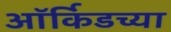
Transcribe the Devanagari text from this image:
ऑर्किडच्या